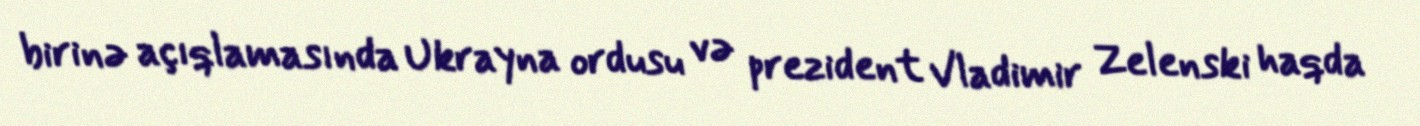
birinə açıqlamasında Ukrayna ordusu və prezident Vladimir Zelenski haqda